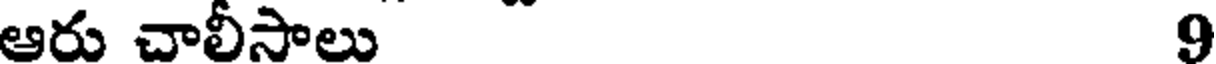
ఆరు చాలీసాలు 9